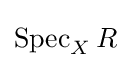
\operatorname {Spec} _{X}R